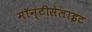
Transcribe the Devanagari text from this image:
मॉन्टीसेलाइट